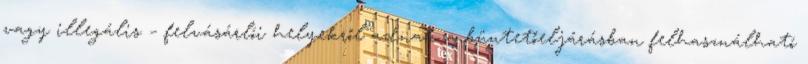
vagy illegális – felvásárlói helyekről adnak a büntetőeljárásban felhasználható